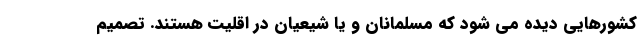
کشورهایی دیده می شود که مسلمانان و یا شیعیان در اقلیت هستند. تصمیم